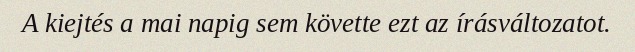
A kiejtés a mai napig sem követte ezt az írásváltozatot.